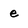
Character: e